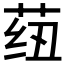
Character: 𬜺